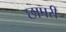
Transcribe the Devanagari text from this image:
छापरी